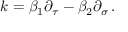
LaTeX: k = \beta _ { 1 } \partial _ { \tau } - \beta _ { 2 } \partial _ { \sigma } \, .